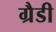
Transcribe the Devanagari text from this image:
ग्रैडी